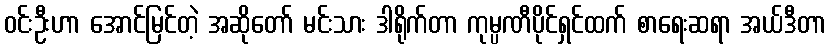
ဝင်းဦးဟာ အောင်မြင်တဲ့ အဆိုတော် မင်းသား ဒါရိုက်တာ ကုမ္ပဏီပိုင်ရှင်ထက် စာရေးဆရာ အယ်ဒီတာ